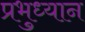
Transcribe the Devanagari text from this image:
प्रभुध्यान